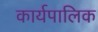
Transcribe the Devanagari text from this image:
कार्यपालिक